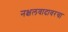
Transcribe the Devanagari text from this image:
नक्षलवादावरचा